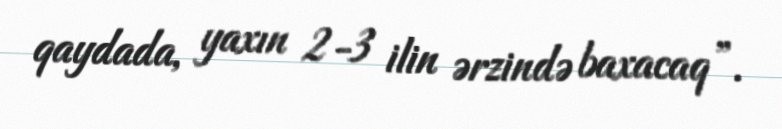
qaydada, yaxın 2-3 ilin ərzində baxacaq”.